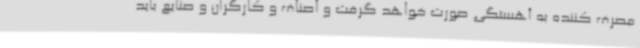
مصرف کننده به آهستگی صورت خواهد گرفت و اصناف و کارگران و صنایع باید